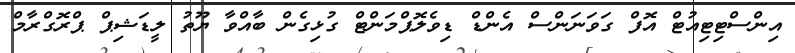
އިންސްޓިޓިއުޓް އޮފް ގަވަނަންސް އެންޑް ޑިވެލޮޕްމަންޓް ގުޅިގެން ބާއްވާ ޔޫތު ލީޑަޝިޕް ޕްރޮގްރާމް